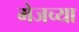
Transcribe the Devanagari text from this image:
मेजच्या